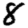
Digit: 8